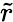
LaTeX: \widetilde{r}